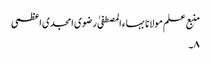
منبع علم مولانا بہاء المصطفیٰ رضوی امجدی اعظمی
۸۔